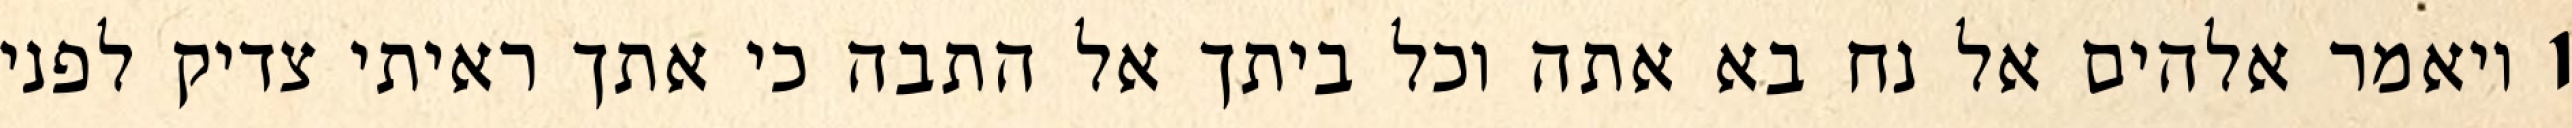
1 ויאמר אלהים אל נח בא אתה וכל ביתך אל התבה כי אתך ראיתי צדיק לפני